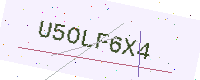
Text: U5OLF6X4